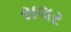
સલર